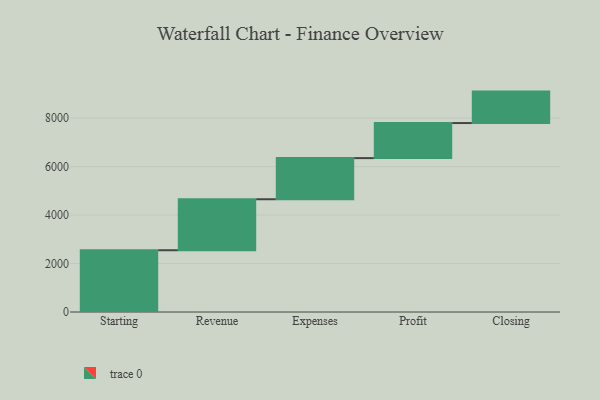
{"axis": {"x": "Step", "y": "Value"}, "legend": [""], "data": [{"x": "Starting", "y": 2549.0, "type": ""}, {"x": "Revenue", "y": 2105.0, "type": ""}, {"x": "Expenses", "y": 1698.0, "type": ""}, {"x": "Profit", "y": 1447.0, "type": ""}, {"x": "Closing", "y": 1298.0, "type": ""}]}